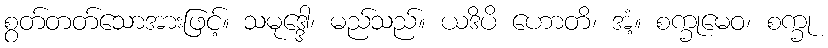
စွတ်တတ်သောအားဖြင့်။ သမုဒ္ဒေါ၊ မည်သည်။ ယဒိပိ ဟောတိ၊ အံ့။ စက္ခုမေဝ၊ စက္ခု